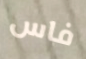
فاس